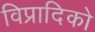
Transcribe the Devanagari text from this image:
विप्रादिको